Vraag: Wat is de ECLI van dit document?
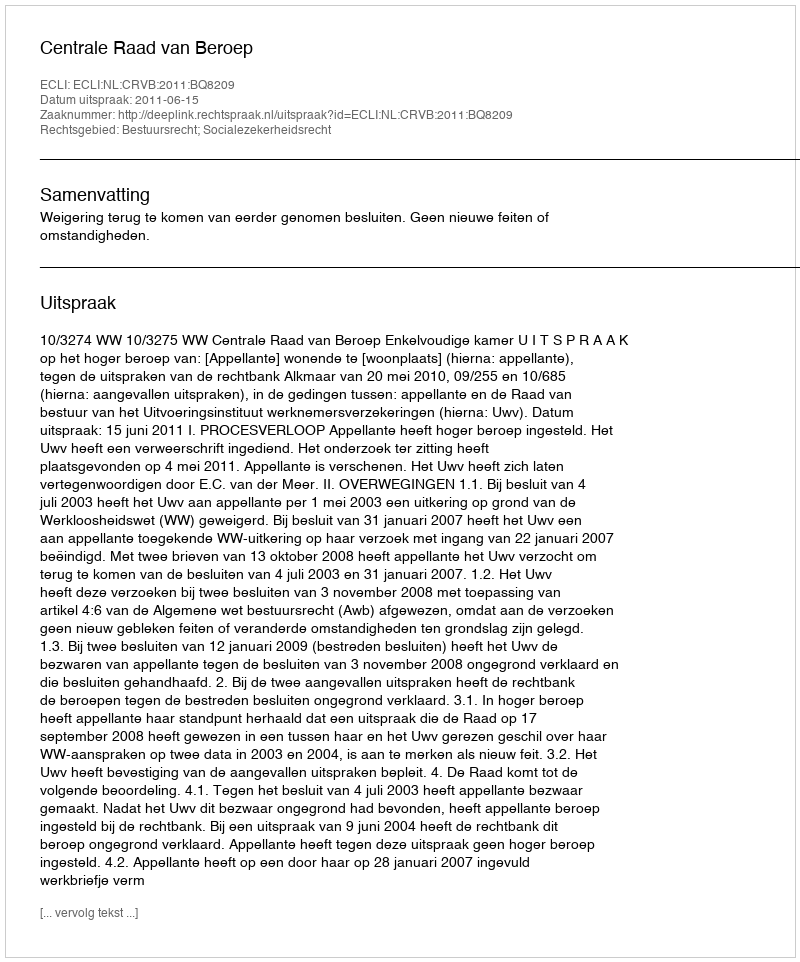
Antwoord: ECLI:NL:CRVB:2011:BQ8209